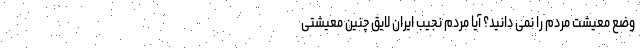
وضع معیشت مردم را نمی دانید؟ آیا مردم نجیب ایران لایق چنین معیشتی